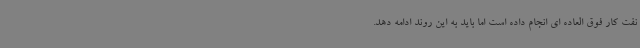
نفت کار فوق العاده ای انجام داده است اما باید به این روند ادامه دهد.